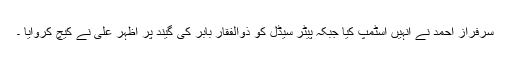
سرفراز احمد نے انہیں اسٹمپ کیا جبکہ پیٹر سیڈل کو ذوالفقار بابر کی گیند پر اظہر علی نے کیچ کروایا ۔